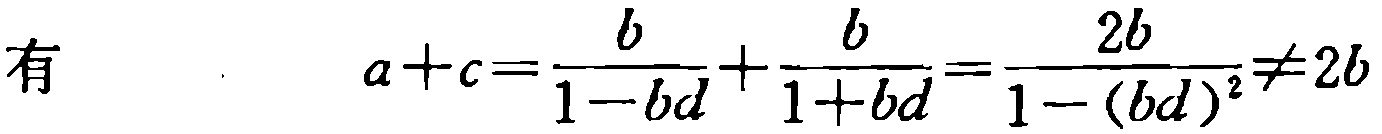
有
\[
a + c = \frac{b}{1 - bd} + \frac{b}{1 + bd} = \frac{2b}{1 - (bd)^2} \neq 2b
\]